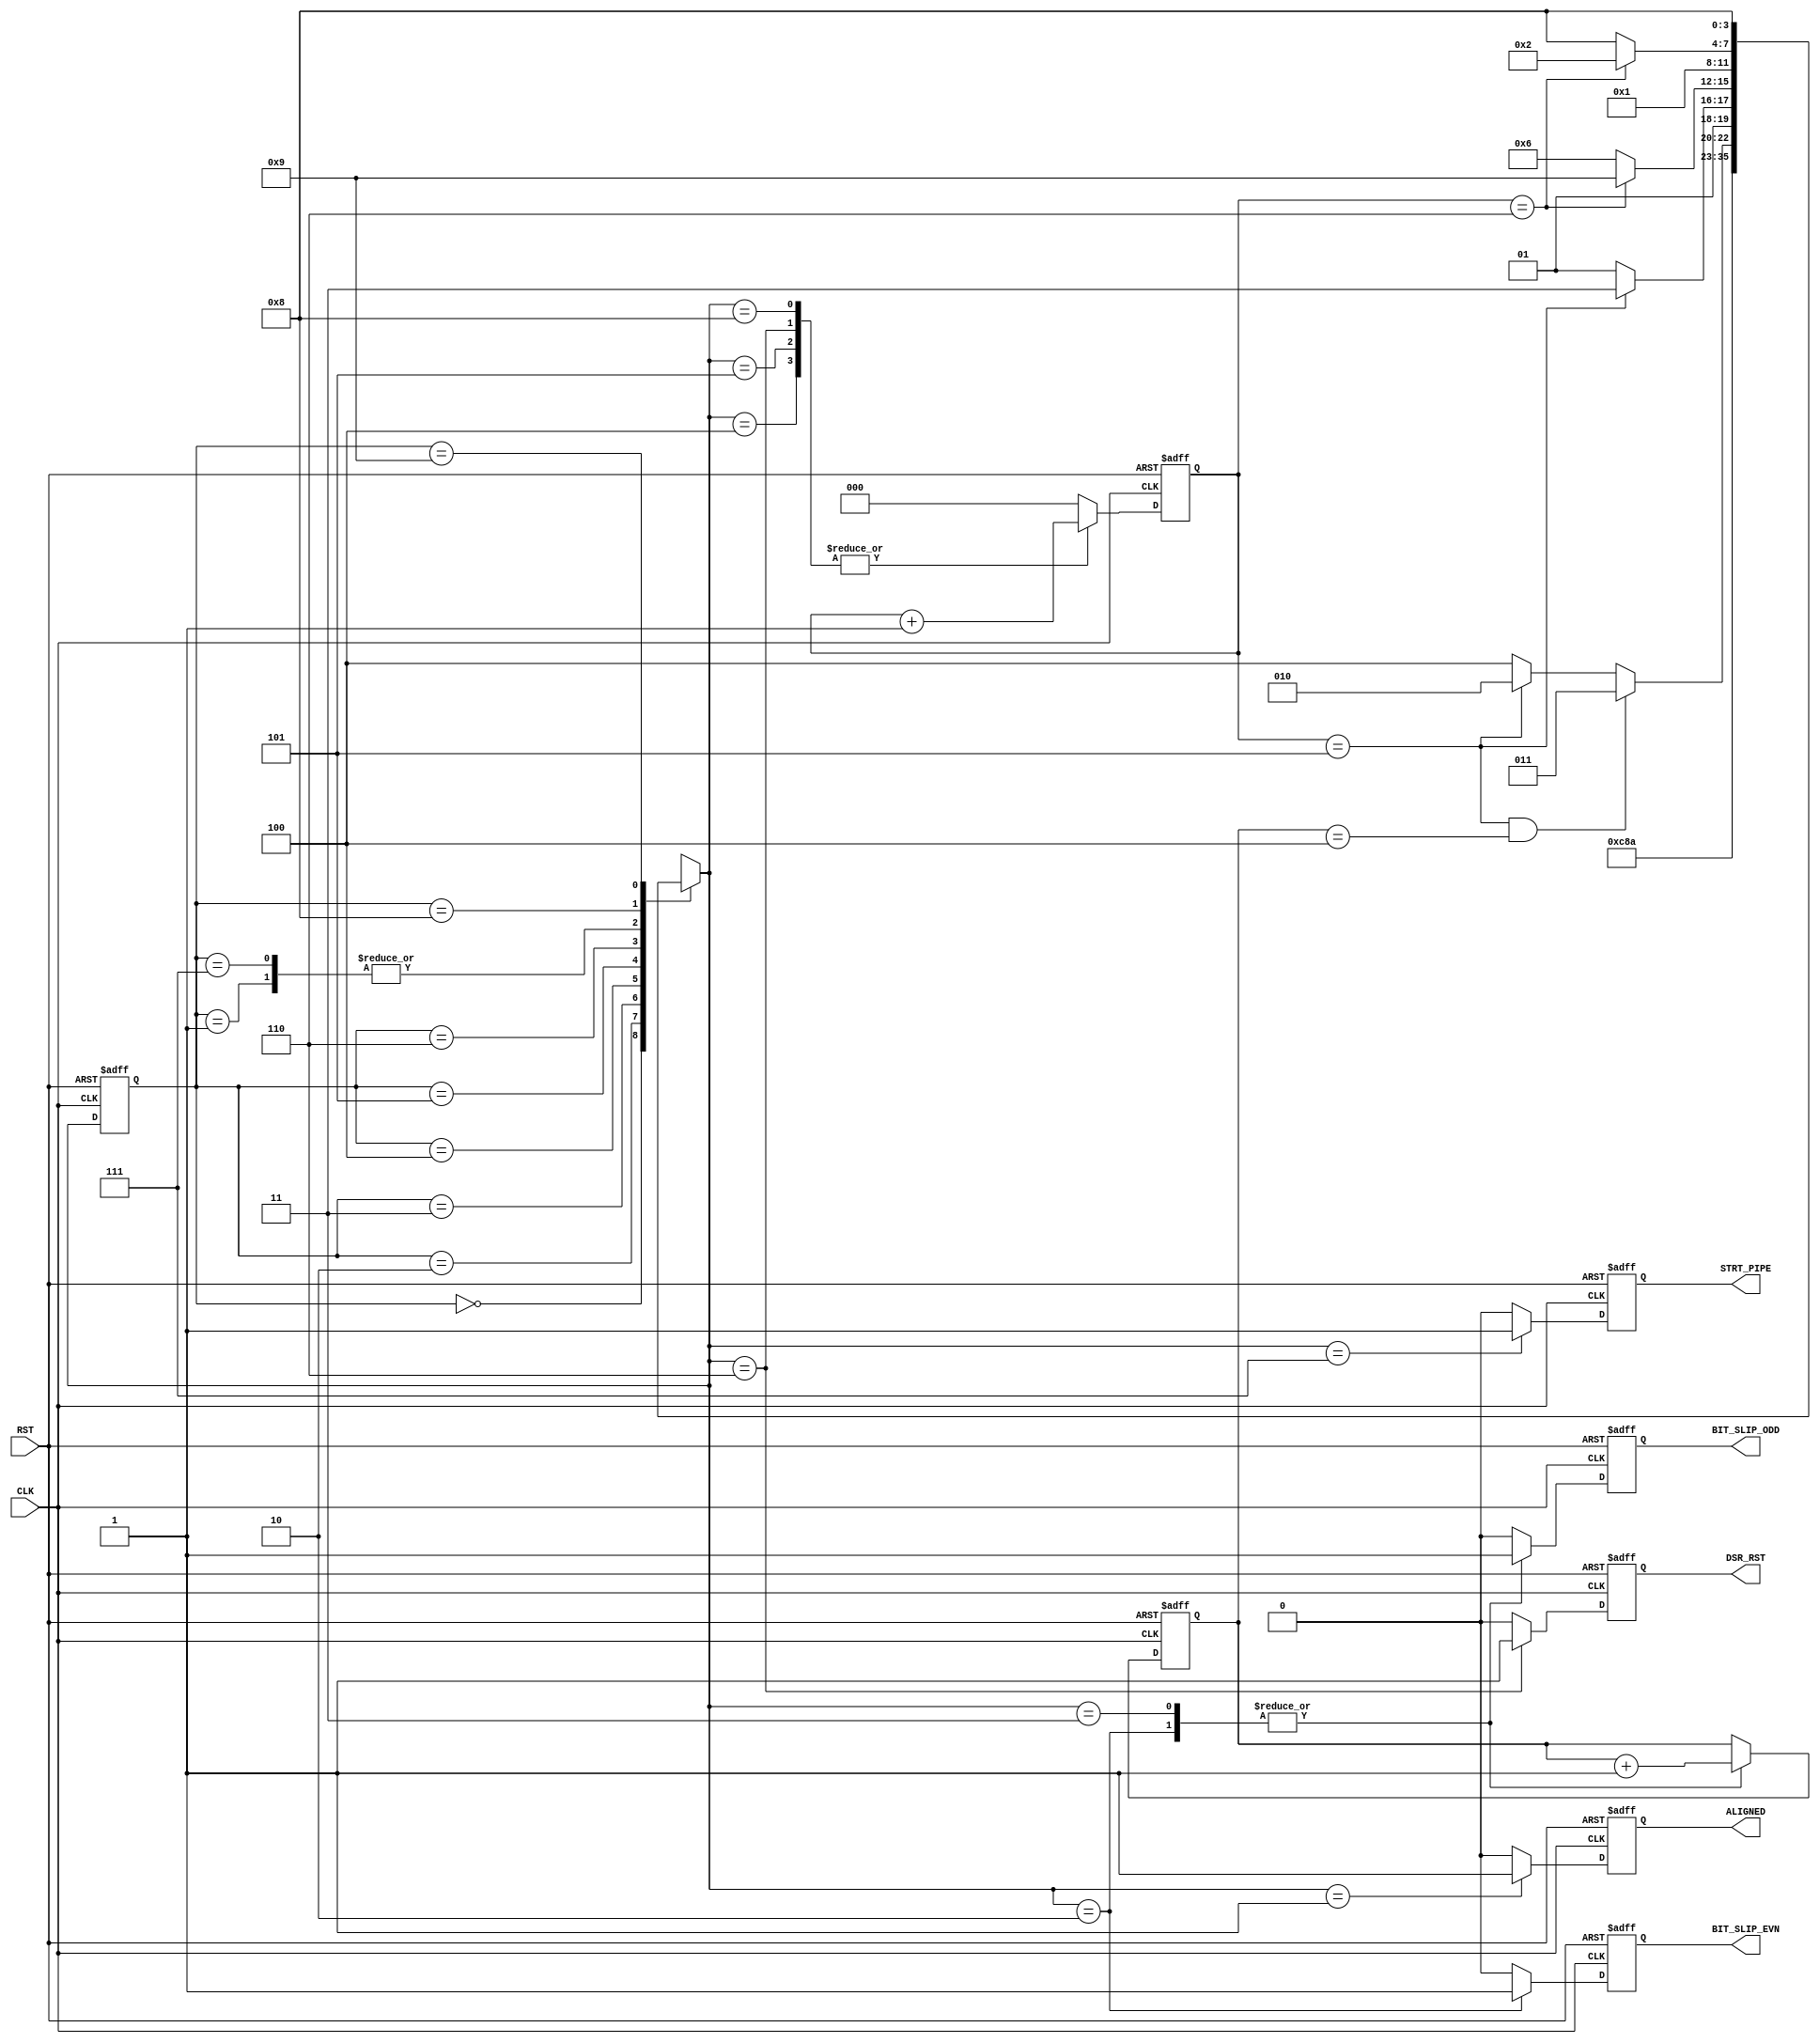

// Created by fizzim_tmr.pl version $Revision: 4.44 on 2014:08:26 at 12:03:47 (www.fizzim.com)

module DSR_align_FSM (
  output reg ALIGNED,
  output reg BIT_SLIP_EVN,
  output reg BIT_SLIP_ODD,
  output reg DSR_RST,
  output reg STRT_PIPE,
  input CLK,
  input RST 
);

  // state bits
  parameter 
  Start       = 4'b0000, 
  Aligned     = 4'b0001, 
  BS_even_odd = 4'b0010, 
  BS_odd      = 4'b0011, 
  BSlip_Wait  = 4'b0100, 
  BSodd_Wait  = 4'b0101, 
  DSR_rst     = 4'b0110, 
  ReStartPipe = 4'b0111, 
  Wait1       = 4'b1000, 
  Wrst        = 4'b1001; 

  reg [3:0] state;

  reg [3:0] nextstate;

  reg [3:0] slip_cnt;
  reg [2:0] wcnt;

  // comb always block
  always @* begin
    nextstate = 4'bxxxx; // default to x because default_state_is_x is set
    case (state)
      Start      :                                           nextstate = DSR_rst;
      Aligned    :                                           nextstate = Aligned;
      BS_even_odd:                                           nextstate = BSlip_Wait;
      BS_odd     :                                           nextstate = BSodd_Wait;
      BSlip_Wait : if      ((wcnt == 5) && (slip_cnt == 4))  nextstate = BS_odd;
                   else if (wcnt == 5)                       nextstate = BS_even_odd;
                   else                                      nextstate = BSlip_Wait;
      BSodd_Wait : if      (wcnt == 5)                       nextstate = ReStartPipe;
                   else                                      nextstate = BSodd_Wait;
      DSR_rst    : if      (wcnt == 6)                       nextstate = Wrst;
                   else                                      nextstate = DSR_rst;
      ReStartPipe:                                           nextstate = Aligned;
      Wait1      : if      (wcnt == 6)                       nextstate = BS_even_odd;
                   else                                      nextstate = Wait1;
      Wrst       :                                           nextstate = Wait1;
    endcase
  end

  // Assign reg'd outputs to state bits

  // sequential always block
  always @(posedge CLK or posedge RST) begin
    if (RST)
      state <= Start;
    else
      state <= nextstate;
  end

  // datapath sequential always block
  always @(posedge CLK or posedge RST) begin
    if (RST) begin
      ALIGNED <= 0;
      BIT_SLIP_EVN <= 0;
      BIT_SLIP_ODD <= 0;
      DSR_RST <= 0;
      STRT_PIPE <= 0;
      slip_cnt <= 4'h0;
      wcnt <= 3'b000;
    end
    else begin
      ALIGNED <= 0; // default
      BIT_SLIP_EVN <= 0; // default
      BIT_SLIP_ODD <= 0; // default
      DSR_RST <= 0; // default
      STRT_PIPE <= 0; // default
      slip_cnt <= slip_cnt; // default
      wcnt <= 3'b000; // default
      case (nextstate)
        Aligned    :        ALIGNED <= 1;
        BS_even_odd: begin
                            BIT_SLIP_EVN <= 1;
                            BIT_SLIP_ODD <= 1;
                            slip_cnt <= slip_cnt + 1;
        end
        BS_odd     : begin
                            BIT_SLIP_ODD <= 1;
                            slip_cnt <= slip_cnt + 1;
        end
        BSlip_Wait :        wcnt <= wcnt + 1;
        BSodd_Wait :        wcnt <= wcnt + 1;
        DSR_rst    : begin
                            DSR_RST <= 1;
                            wcnt <= wcnt + 1;
        end
        ReStartPipe:        STRT_PIPE <= 1;
        Wait1      :        wcnt <= wcnt + 1;
      endcase
    end
  end

  // This code allows you to see state names in simulation
  `ifndef SYNTHESIS
  reg [87:0] statename;
  always @* begin
    case (state)
      Start      : statename = "Start";
      Aligned    : statename = "Aligned";
      BS_even_odd: statename = "BS_even_odd";
      BS_odd     : statename = "BS_odd";
      BSlip_Wait : statename = "BSlip_Wait";
      BSodd_Wait : statename = "BSodd_Wait";
      DSR_rst    : statename = "DSR_rst";
      ReStartPipe: statename = "ReStartPipe";
      Wait1      : statename = "Wait1";
      Wrst       : statename = "Wrst";
      default    : statename = "XXXXXXXXXXX";
    endcase
  end
  `endif

endmodule